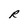
Character: R